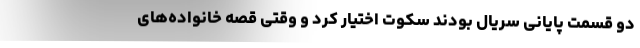
دو قسمت پایانی سریال بودند سکوت اختیار کرد و وقتی قصه خانواده‌های